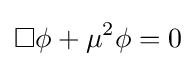
\Box \phi +\mu ^{2}\phi =0